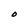
Character: O